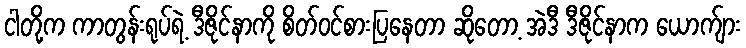
ငါတို့က ကာတွန်းရုပ်ရဲ့ ဒီဇိုင်နာကို စိတ်ဝင်စားပြနေတာ ဆိုတော့ အဲဒီ ဒီဇိုင်နာက ယောက်ျား